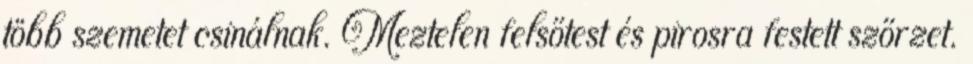
több szemetet csinálnak. Meztelen felsőtest és pirosra festett szőrzet.